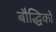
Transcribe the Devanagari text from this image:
बौद्धिकों